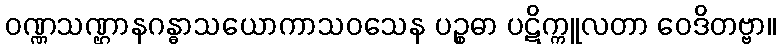
ဝဏ္ဏသဏ္ဌာနဂန္ဓာသယောကာသဝသေန ပဉ္စဓာ ပဋိက္ကူလတာ ဝေဒိတဗ္ဗာ။